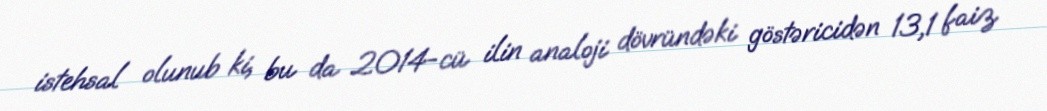
istehsal olunub ki, bu da 2014-cü ilin analoji dövründəki göstəricidən 13,1 faiz